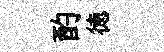
酌徳